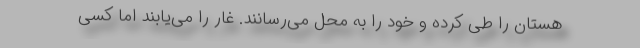
هستان‌ را طی کرده و خود را به محل می‌رسانند. غار را می‌یابند اما کسی